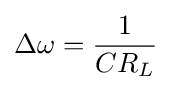
\Delta \omega ={\frac {1}{CR_{L}}}